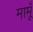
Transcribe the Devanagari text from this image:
मामूँ